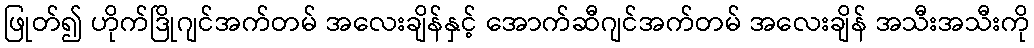
ဖြုတ်၍ ဟိုက်ဒြိုဂျင်အက်တမ် အလေးချိန်နှင့် အောက်ဆီဂျင်အက်တမ် အလေးချိန် အသီးအသီးကို